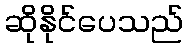
ဆိုနိုင်ပေသည်